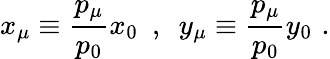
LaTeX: x_{\mu}\equiv\frac{p_{\mu}}{p_{0}}x_{0}\, \, \, ,\, \, \, y_{\mu}\equiv\frac{p_{\mu}}{p_{0}}y_{0}\, \, .